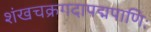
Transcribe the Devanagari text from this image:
शंखचक्रगदापद्मपाणिः